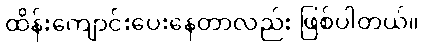
ထိန်းကျောင်းပေးနေတာလည်း ဖြစ်ပါတယ်။